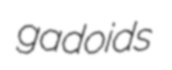
gadoids